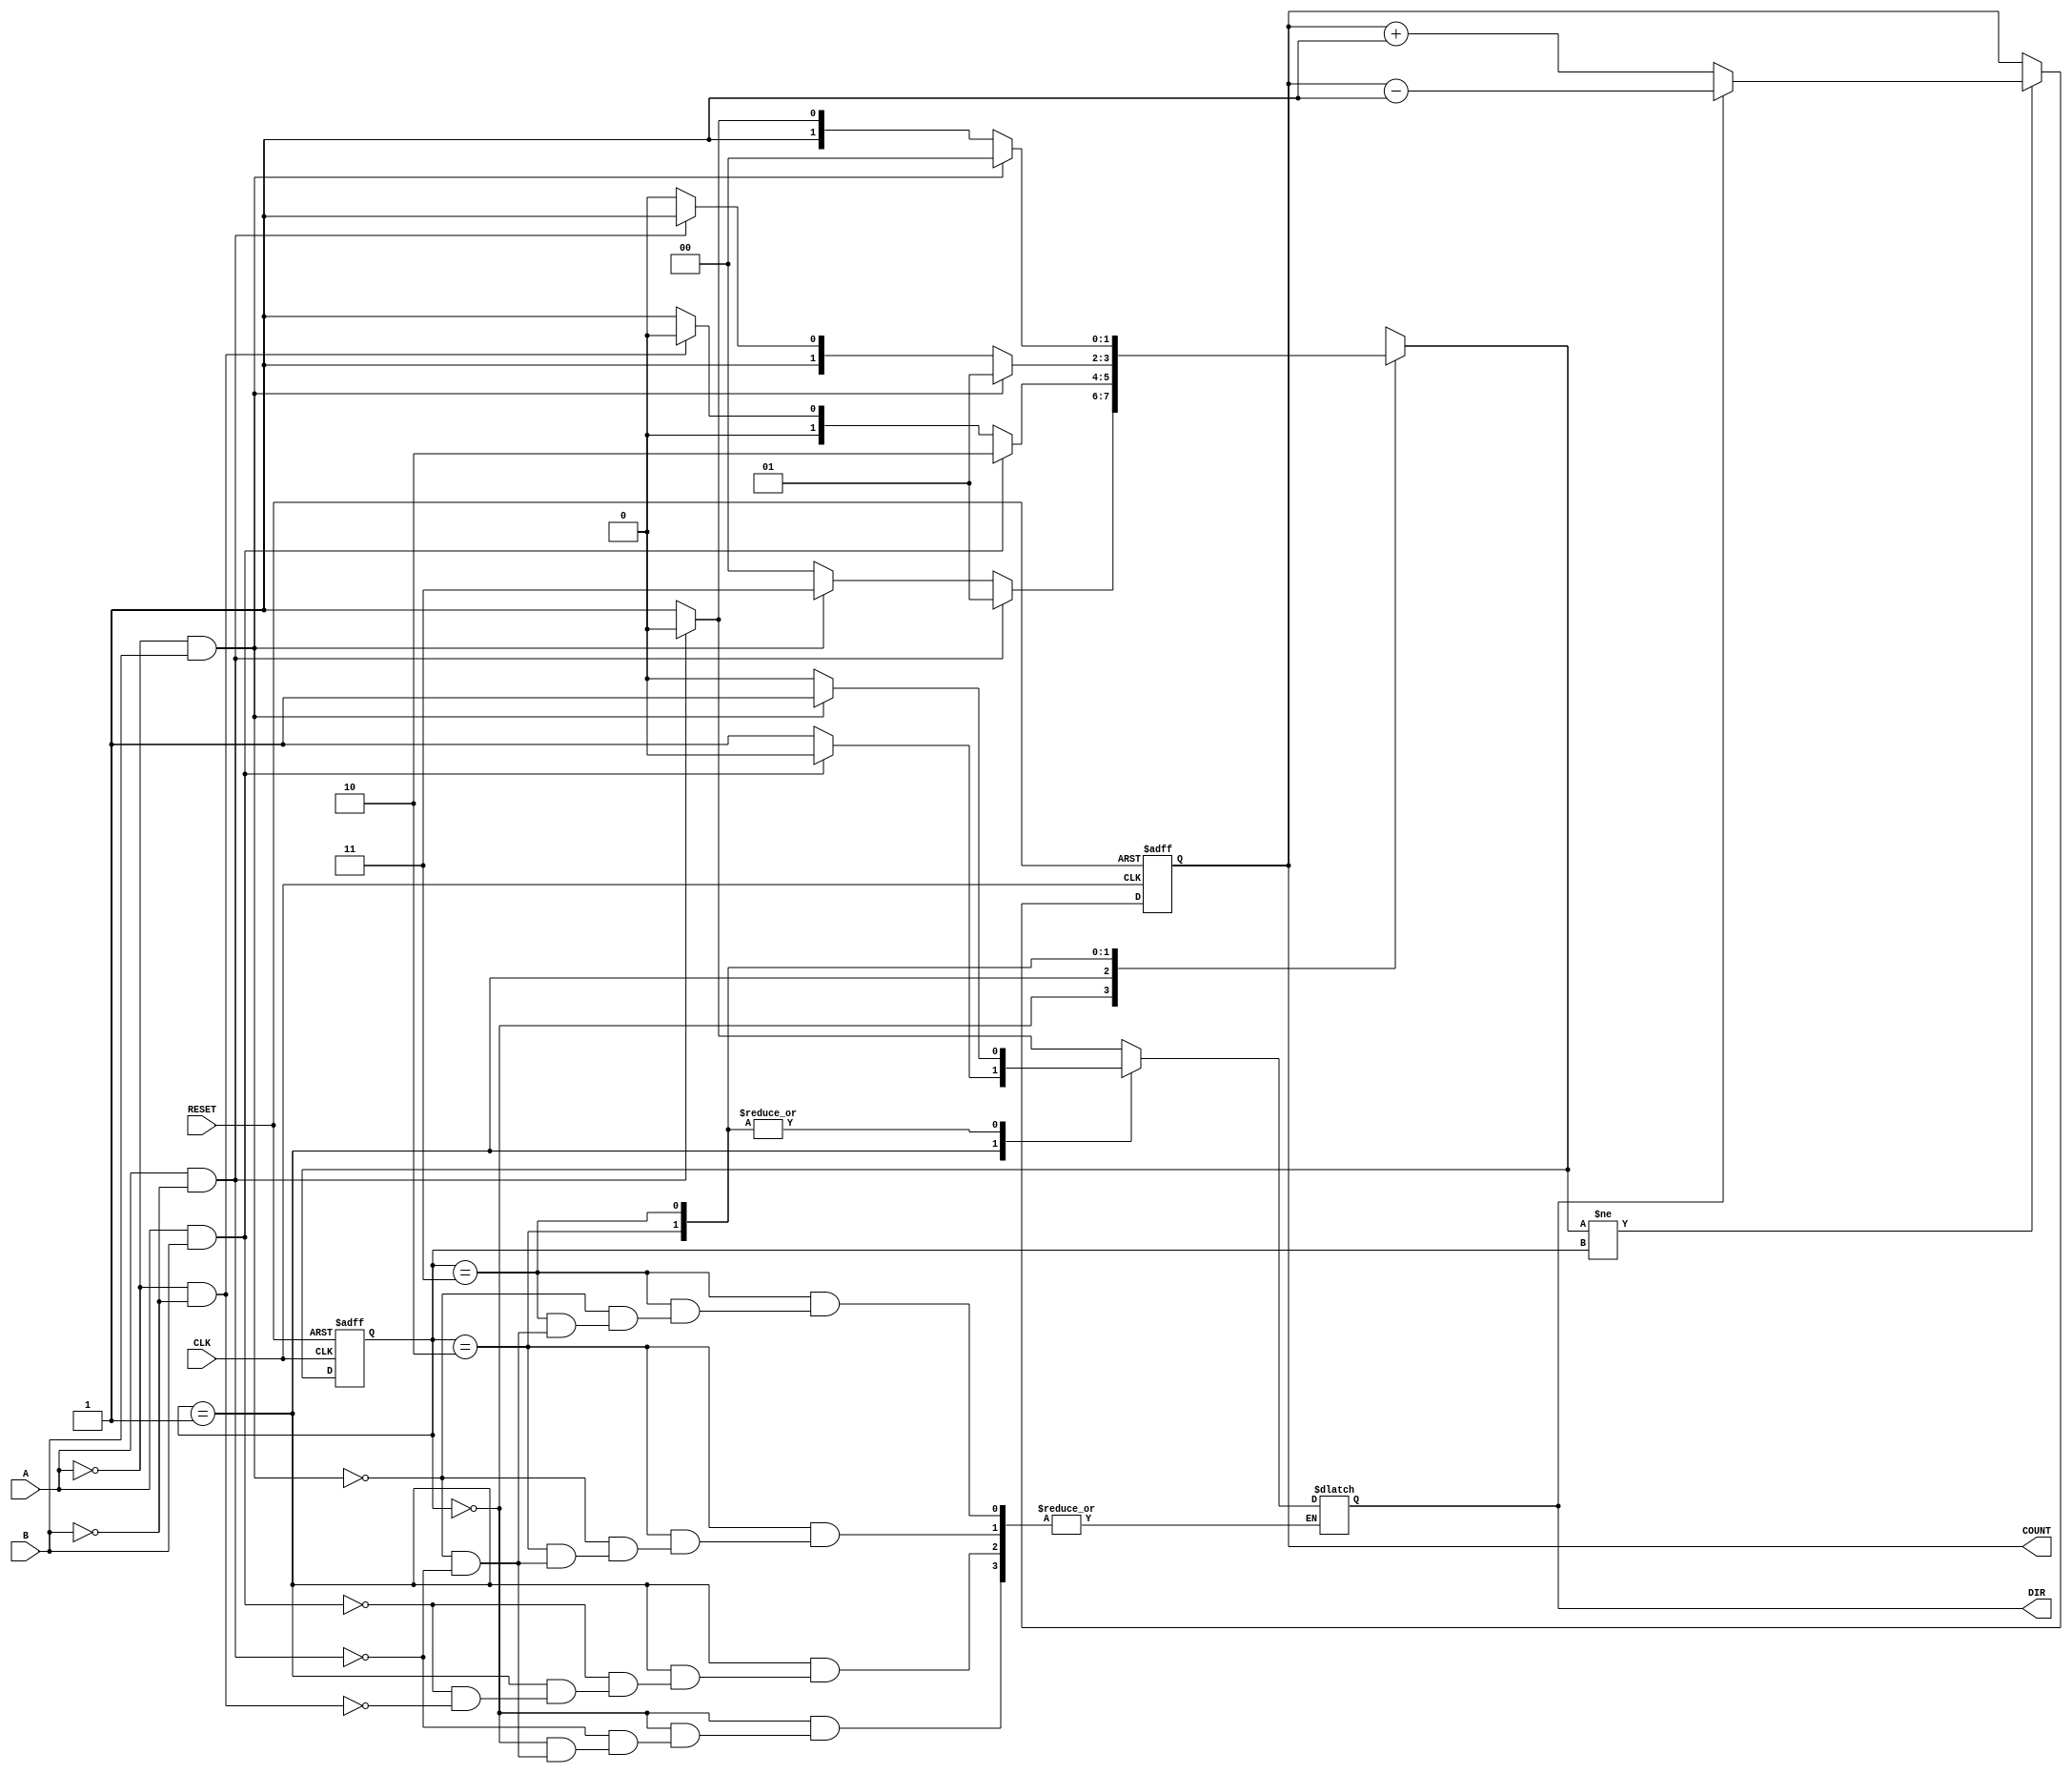
module rotary_encoder (
    input wire A,            // Rotary encoder output A
    input wire B,            // Rotary encoder output B
    input wire CLK,          // Clock signal (optional, not used here)
    input wire RESET,        // Reset signal
    output reg [7:0] COUNT,  // 8-bit count output (adjust width as needed)
    output reg DIR           // Direction output (0 = CW, 1 = CCW)
);

    // State encoding
    reg [1:0] current_state;
    reg [1:0] next_state;

    // State definitions
    localparam S0 = 2'b00; // (0, 0)
    localparam S1 = 2'b01; // (0, 1)
    localparam S2 = 2'b10; // (1, 1)
    localparam S3 = 2'b11; // (1, 0)

    // State transition logic
    always @(*) begin
        case (current_state)
            S0: begin
                if (A && !B) begin // (0, 1)
                    next_state = S1;
                    DIR = 0; // CW
                end else if (!A && B) begin // (1, 0)
                    next_state = S3;
                    DIR = 1; // CCW
                end else begin
                    next_state = S0;
                end
            end

            S1: begin
                if (A && B) begin // (1, 1)
                    next_state = S2;
                    DIR = 0; // CW
                end else if (!A && !B) begin // (0, 0)
                    next_state = S0;
                    DIR = 1; // CCW
                end else begin
                    next_state = S1;
                end
            end

            S2: begin
                if (!A && B) begin // (0, 1)
                    next_state = S1;
                    DIR = 1; // CCW
                end else if (A && !B) begin // (1, 0)
                    next_state = S3;
                    DIR = 0; // CW
                end else begin
                    next_state = S2;
                end
            end

            S3: begin
                if (B && !A) begin // (0, 0)
                    next_state = S0;
                    DIR = 1; // CCW
                end else if (!B && A) begin // (1, 1)
                    next_state = S2;
                    DIR = 0; // CW
                end else begin
                    next_state = S3;
                end
            end

            default: next_state = S0; // Default to state S0
        endcase
    end

    // Counting logic
    always @(posedge CLK or posedge RESET) begin
        if (RESET) begin
            COUNT <= 8'b0; // Reset count to 0
            current_state <= S0; // Reset to initial state
        end else begin
            current_state <= next_state;

            // Update count based on direction
            if (next_state != current_state) begin
                if (DIR == 0) begin
                    COUNT <= COUNT + 1; // Increment count for CW
                end else begin
                    COUNT <= COUNT - 1; // Decrement count for CCW
                end
            end
        end
    end

endmodule